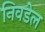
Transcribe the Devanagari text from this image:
निवडेल